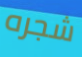
شجره